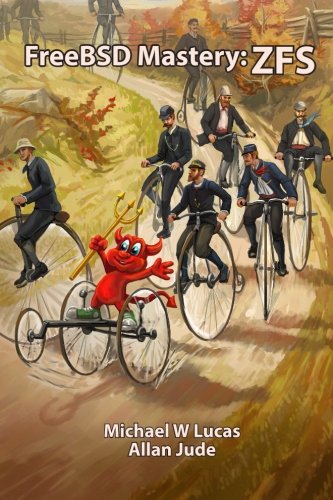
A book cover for FreeBSD Mastery: ZFS (IT Mastery) (Volume 7); Michael W Lucas; Computers & Technology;